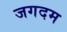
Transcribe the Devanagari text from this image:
जगदम